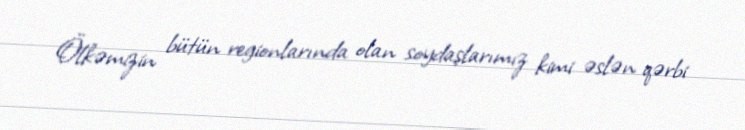
Ölkəmizin bütün regionlarında olan soydaşlarımız kimi əslən qərbi